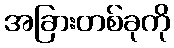
အခြားတစ်ခုကို